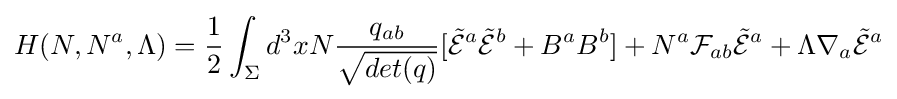
H(N,N^{a},\Lambda )={1 \over 2}\int _{\Sigma }d^{3}xN{q_{ab} \over {\sqrt {det(q)}}}[{\tilde {\mathcal {E}}}^{a}{\tilde {\mathcal {E}}}^{b}+B^{a}B^{b}]+N^{a}{\mathcal {F}}_{ab}{\tilde {\mathcal {E}}}^{a}+\Lambda \nabla _{a}{\tilde {\mathcal {E}}}^{a}